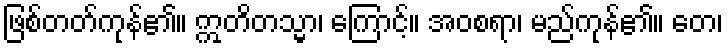
ဖြစ်တတ်ကုန်၏။ ဣတိတသ္မာ၊ ကြောင့်။ အဝစရာ၊ မည်ကုန်၏။ တေ၊